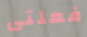
فعلتى